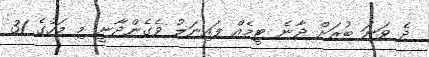
ދެ ވަނަ ބުރަށް ދާނެ ޓީމެއް ފައިނަލު ވެގެންދާނީ މި މަހުގެ 31